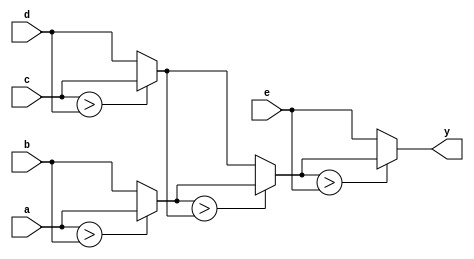
module find_greatest (
	input [7:0]a,b,c,d,e,
	output [7:0]y);

wire [7:0]w1,w2,w3;
assign w1 = my_func(a,b),
		w2 = my_func(c,d),
		w3 = my_func(w1,w2);
assign y = my_func(w3,e);

function  [7:0]my_func
(input [7:0]a,b);
	if(a>b)
		my_func = a;
	else
		my_func = b;
endfunction

endmodule